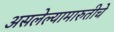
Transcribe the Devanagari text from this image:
असलेल्यामारुतीचे